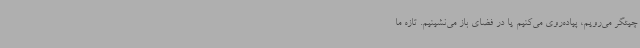
چیتگر می‌رویم، پیاده‌روی می‌کنیم یا در فضای باز می‌نشینیم. تازه ما